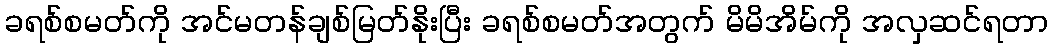
ခရစ်စမတ်ကို အင်မတန်ချစ်မြတ်နိုးပြီး ခရစ်စမတ်အတွက် မိမိအိမ်ကို အလှဆင်ရတာ